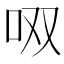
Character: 𱒎